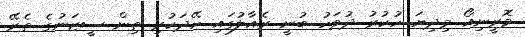
މޮރީނިއޯ މިދިޔަ ހުކުރު ދުވަހު ބުނީ ރެއާލުގައި ހޭދަކުރި ތިން ސީޒަނުގެ ތެރޭ